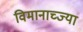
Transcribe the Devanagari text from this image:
विमानाच्ज्या